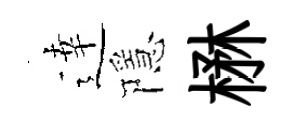
逹隱楙